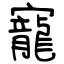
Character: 寵